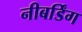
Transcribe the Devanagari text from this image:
नीबर्डिंग